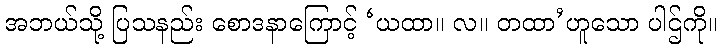
အဘယ်သို့ ပြသနည်း စောဒနာကြောင့် ‘ယထာ။ လ။ တထာ’ဟူသော ပါဌ်ကို။